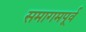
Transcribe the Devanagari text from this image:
समागमपूर्व